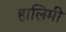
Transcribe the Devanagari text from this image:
हालिमी